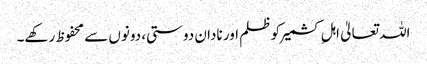
اللہ تعالیٰ اہلِ کشمیر کو ظلم اور نادان دوستی، دونوں سے محفوظ رکھے۔